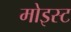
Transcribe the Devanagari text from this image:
मोइस्ट